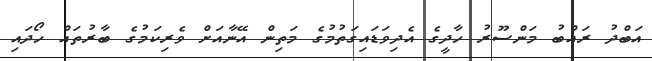
އަބްދު ރައްބު މަންސޫރު ހާދީގެ އެދިވަޑައިގަތުމުގެ މަތިން އޭނާއަށް ވެރިކަމުގެ ބާރުތައް ހޯދައި